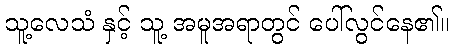
သူ့လေသံ နှင့် သူ့ အမူအရာတွင် ပေါ်လွင်နေ၏။